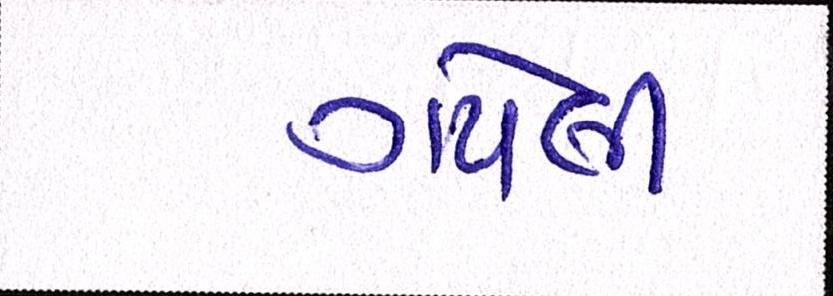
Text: ગયેલી